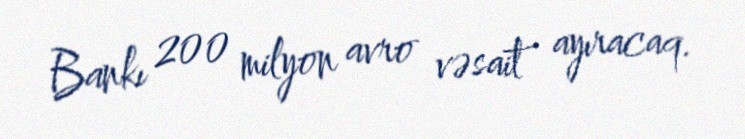
Bankı 200 milyon avro vəsait ayıracaq.